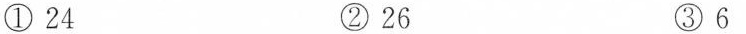
① 24 ② 26 ③ 6